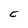
Character: C